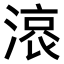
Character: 𣺓